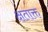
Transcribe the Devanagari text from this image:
क्षताक्त